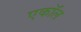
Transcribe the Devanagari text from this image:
एकॉल